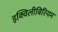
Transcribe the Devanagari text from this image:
इक्विलीबिरियम